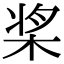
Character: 桨